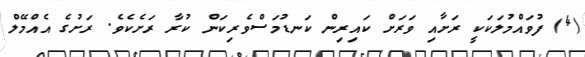
(4) ފުވައްމުލަކަކީ ރަށާއި ވަރަށް ކައިރިން ކަނޑުމަސްވެރިކަން ކުރާ ރަށެކެވެ. ރަށުގެ އެއްމޭލް